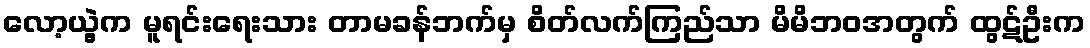
လော့ယွဲ့က မူရင်းရေးသား တာမခန်ဘက်မှ စိတ်လက်ကြည်သာ မိမိဘဝအတွက် ထွဋ်ဦးက